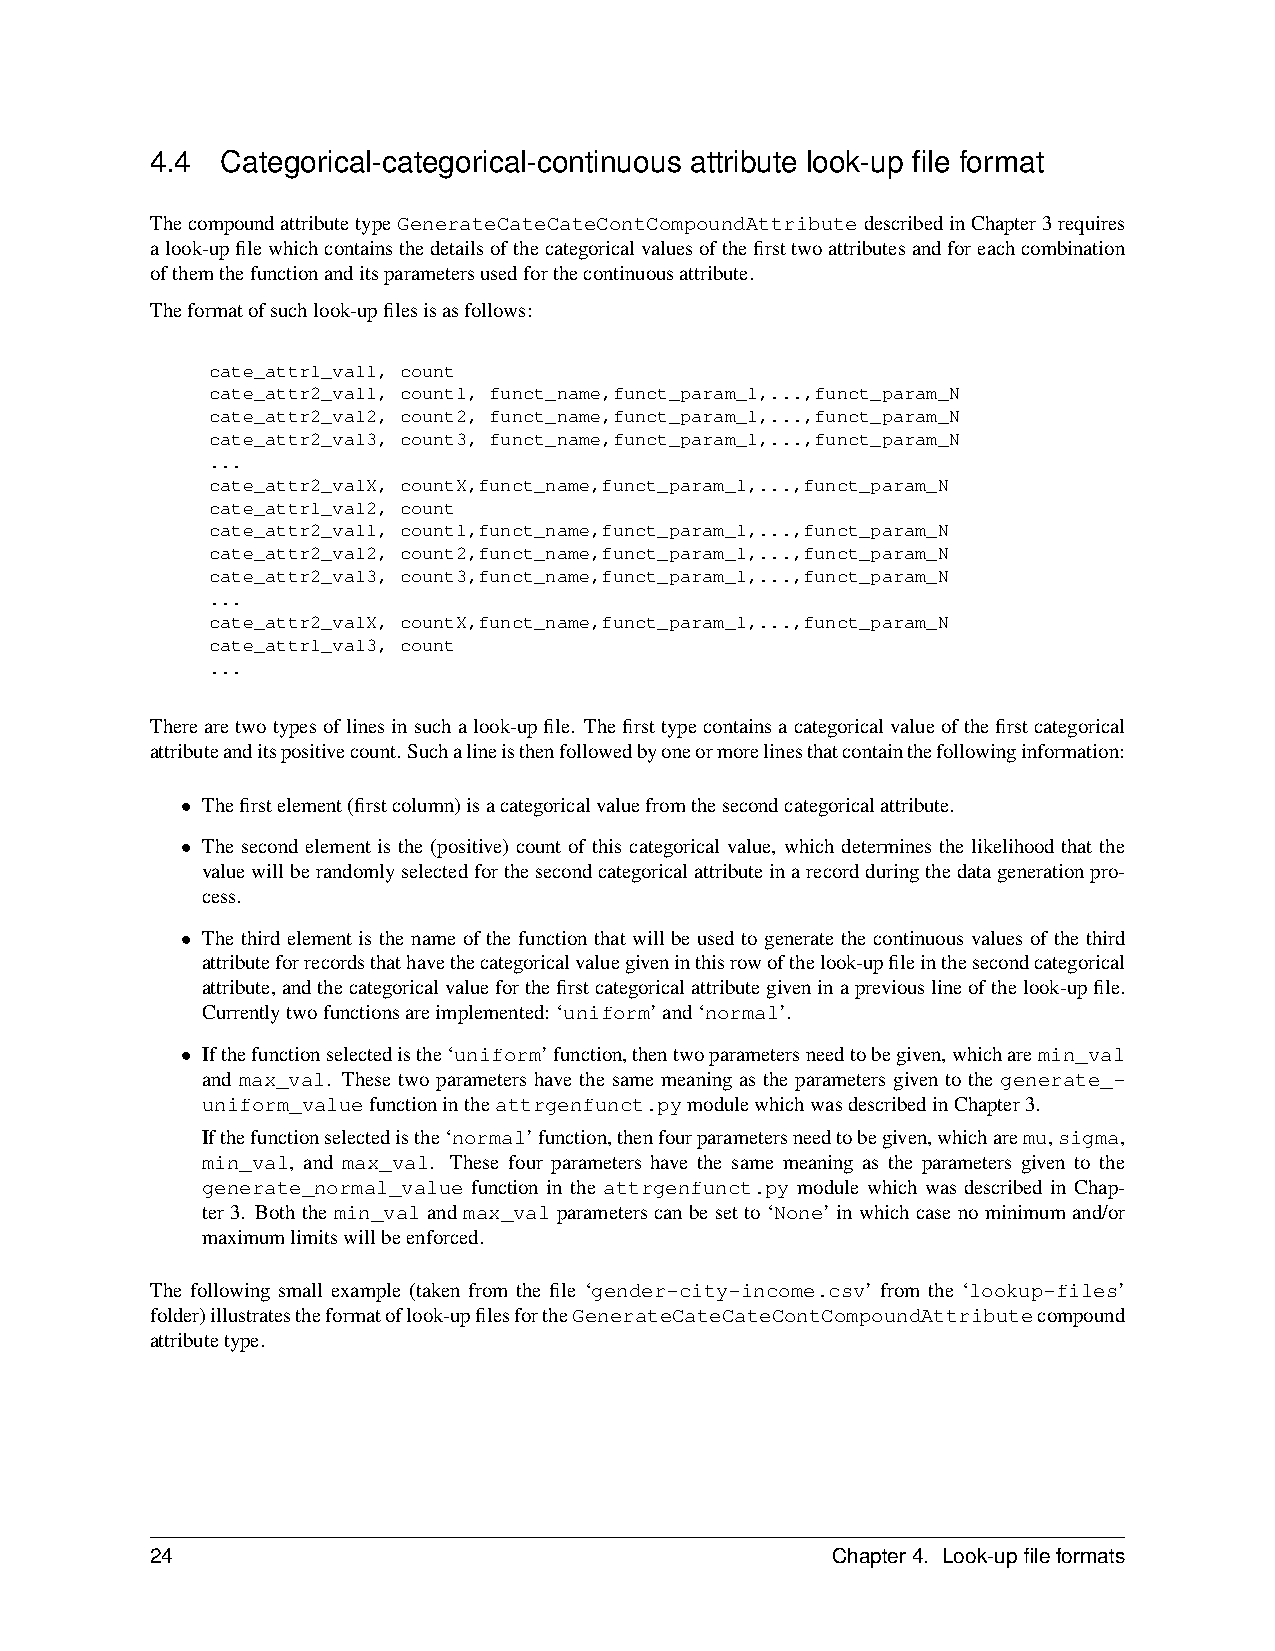
4.4  Categorical-categorical-continuous attribute look-up file format
 ThecompoundattributetypeGenerateCateCateContCompoundAttributedescribedinChapter3requires
 alook-upfilewhichcontainsthedetailsofthecategoricalvaluesofthefirsttwoattributesandforeachcombination
 ofthemthefunctionanditsparametersusedforthecontinuousattribute.
 Theformatofsuchlook-upfilesisasfollows:
 cate_attr1_val1, count
 cate_attr2_val1, count1, funct_name,funct_param_1,...,funct_param_N
 cate_attr2_val2, count2, funct_name,funct_param_1,...,funct_param_N
 cate_attr2_val3, count3, funct_name,funct_param_1,...,funct_param_N
 ...
 cate_attr2_valX, countX,funct_name,funct_param_1,...,funct_param_N
 cate_attr1_val2, count
 cate_attr2_val1, count1,funct_name,funct_param_1,...,funct_param_N
 cate_attr2_val2, count2,funct_name,funct_param_1,...,funct_param_N
 cate_attr2_val3, count3,funct_name,funct_param_1,...,funct_param_N
 ...
 cate_attr2_valX, countX,funct_name,funct_param_1,...,funct_param_N
 cate_attr1_val3, count
 ...
 Therearetwotypesoflinesinsuchalook-upfile. Thefirsttypecontainsacategoricalvalueofthefirstcategorical
 attributeanditspositivecount.Suchalineisthenfollowedbyoneormorelinesthatcontainthefollowinginformation:
 • Thefirstelement(firstcolumn)isacategoricalvaluefromthesecondcategoricalattribute.
 • The second element is the (positive) count of this categorical value, which determines the likelihood that the
 valuewillberandomlyselectedforthesecondcategoricalattributeinarecordduringthedatagenerationpro-
 cess.
 • The third element is the name of the function that will be used to generate the continuous values of the third
 attributeforrecordsthathavethecategoricalvaluegiveninthisrowofthelook-upfileinthesecondcategorical
 attribute,andthecategoricalvalueforthefirstcategoricalattributegiveninapreviouslineofthelook-upfile.
 Currentlytwofunctionsareimplemented: ‘uniform’and‘normal’.
 • Ifthefunctionselectedisthe‘uniform’function,thentwoparametersneedtobegiven,whicharemin_val
 and max_val. These two parameters have the same meaning as the parameters given to the generate_-
 uniform_valuefunctionintheattrgenfunct.pymodulewhichwasdescribedinChapter3.
 Ifthefunctionselectedisthe‘normal’function,thenfourparametersneedtobegiven,whicharemu,sigma,
 min_val, and max_val. These four parameters have the same meaning as the parameters given to the
 generate_normal_value function in the attrgenfunct.py module which was described in Chap-
 ter 3. Boththe min_val and max_val parameters can be setto ‘None’ in which case nominimum and/or
 maximumlimitswillbeenforced.
 The following small example (taken from the file ‘gender-city-income.csv’ from the ‘lookup-files’
 folder)illustratestheformatoflook-upfilesfortheGenerateCateCateContCompoundAttributecompound
 attributetype.
 24                                           Chapter4. Look-upfileformats